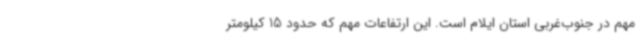
مهم در جنوب‌غربی استان ایلام است. این ارتفاعات مهم که حدود 15 کیلومتر